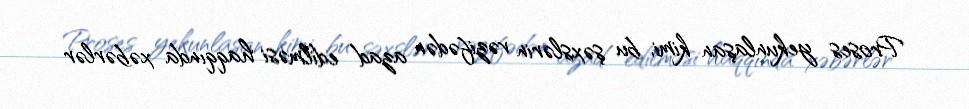
Proses yekunlaşan kimi, bu şəxslərin vəzifədən azad edilməsi haqqında xəbərlər